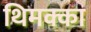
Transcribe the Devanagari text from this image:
थिमक्का